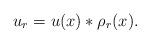
LaTeX: \begin{align*}u_r=u(x)\ast \rho_r(x).\end{align*}